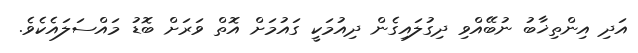
އަދި އިންތިޚާބު ނުބޭއްވި ދިގުލައިގެން ދިއުމަކީ ގައުމަށް އޮތް ވަރަށް ބޮޑު މައްސަލައެކެވެ.